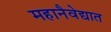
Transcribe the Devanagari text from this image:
महानैवेद्यात